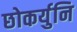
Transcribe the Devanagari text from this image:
छोकर्युनि